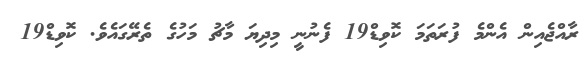
ރާއްޖެއިން އެންމެ ފުރަތަމަ ކޮވިޑް19 ފެނުނީ މިދިޔަ މާޗު މަހުގެ ތެރޭގައެވެ. ކޮވިޑް19